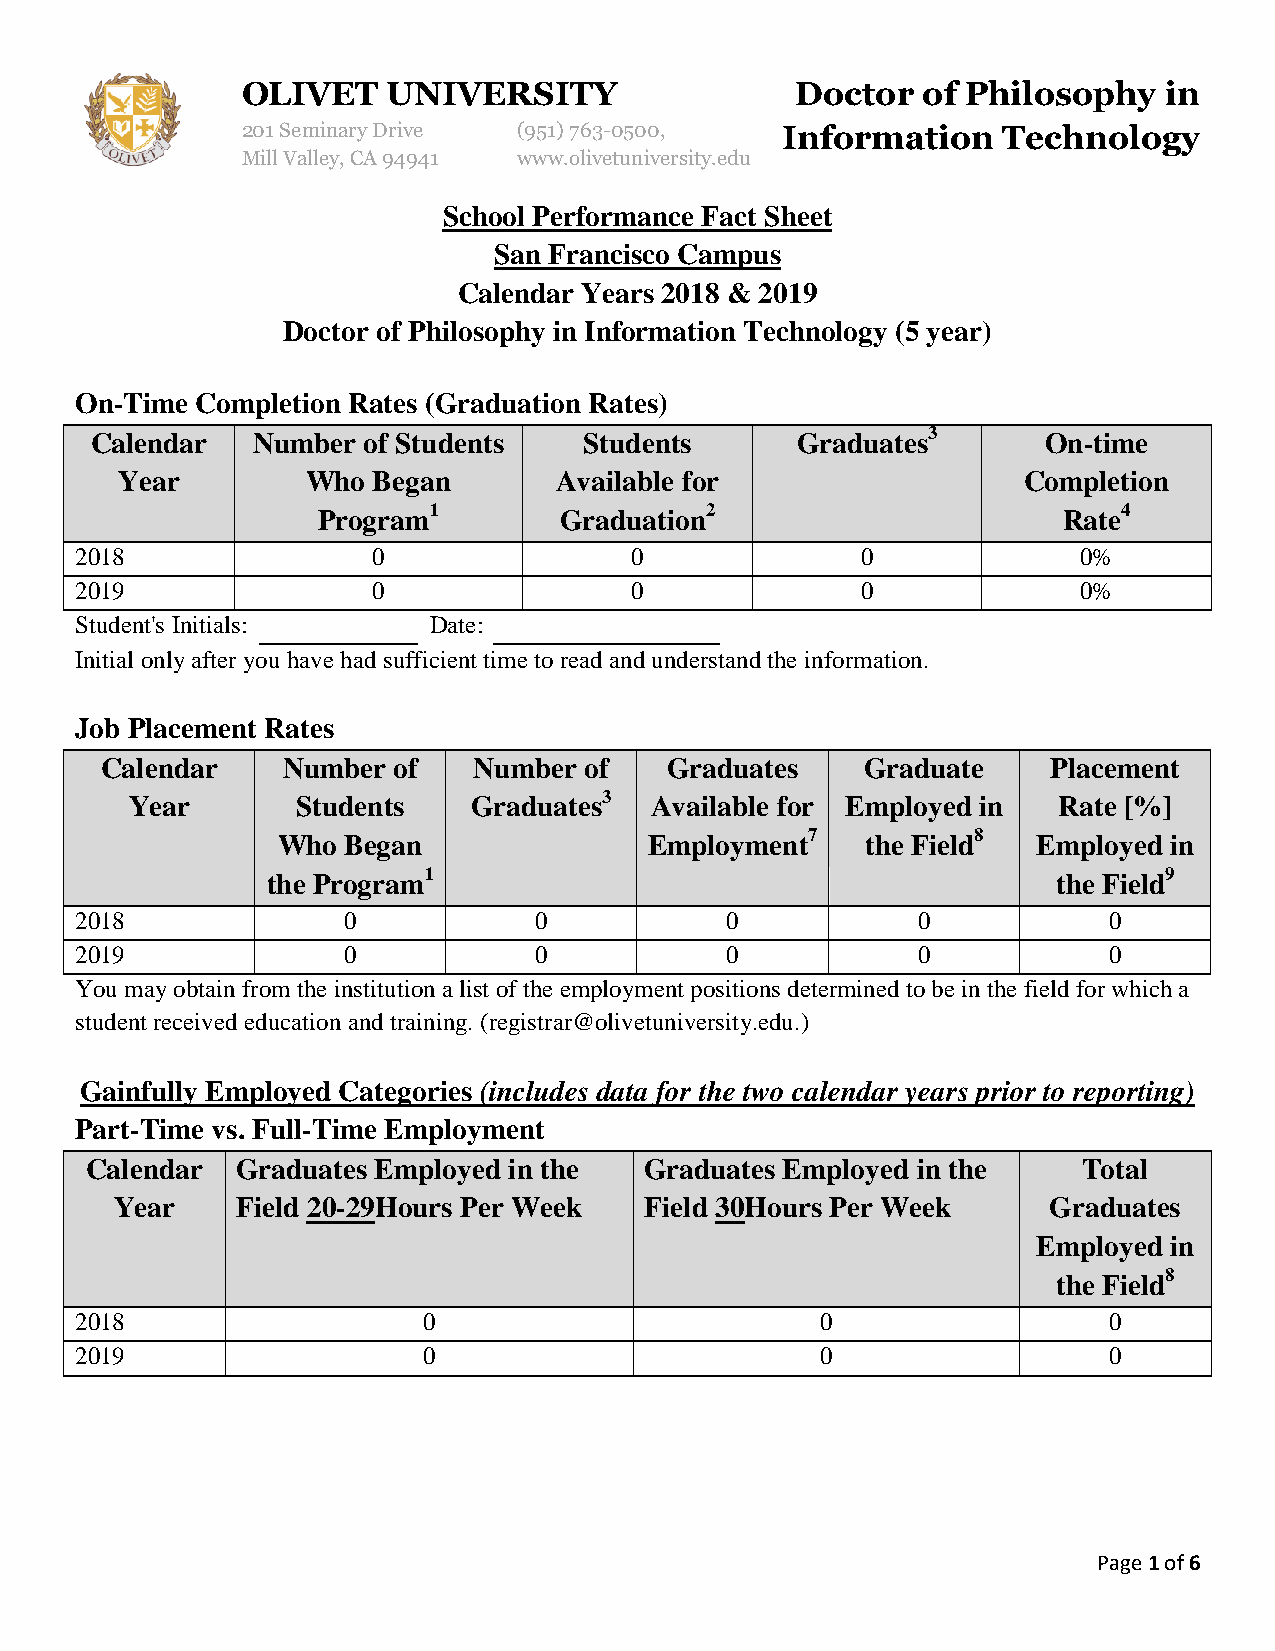
OLIVET    UNIVERSITY                 Doctor  of Philosophy   in
 201 Seminary Drive (951)763-0500,   Information   Technology
 Mill Valley, CA 94941 www.olivetuniversity.edu
 School Performance Fact Sheet
 San Francisco Campus
 Calendar Years 2018 & 2019
 Doctor of Philosophy in Information Technology (5 year)
 On-Time Completion Rates (Graduation Rates)
 Calendar   Number of Students    Students      Graduates3      On-time
 Year        Who  Began       Available for                  Completion
 Program1        Graduation2                      Rate4
 2018                0                0              0              0%
 2019                0                0              0              0%
 Student's Initials:    Date:
 Initial only after you have had sufficient time to read and understand the information.
 Job Placement Rates
 Calendar    Number of   Number  of   Graduates    Graduate     Placement
 Year       Students   Graduates3  Available for Employed in  Rate [%]
 Who  Began               Employment7   the Field8  Employed in
 the Program1                                        the Field9
 2018              0           0            0            0           0
 2019              0           0            0            0           0
 You may obtain from the institution a list of the employment positions determined to be in the field for which a
 student received education and training. (registrar@olivetuniversity.edu.)
 Gainfully Employed Categories (includes data for the two calendar years prior to reporting)
 Part-Time vs. Full-Time Employment
 Calendar  Graduates Employed in the  Graduates Employed in the    Total
 Year    Field 20-29Hours Per Week  Field 30Hours Per Week    Graduates
 Employed in
 the Field8
 2018                   0                         0                  0
 2019                   0                         0                  0
 Page 1 of 6